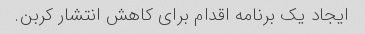
ایجاد یک برنامه اقدام برای کاهش انتشار کربن.